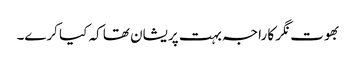
بھوت نگر کا راجہ بہت پریشان تھا کہ کیا کرے۔